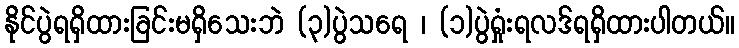
နိုင်ပွဲရရှိထားခြင်းမရှိသေးဘဲ (၃)ပွဲသရေ ၊ (၁)ပွဲရှုံးရလဒ်ရရှိထားပါတယ်။